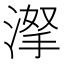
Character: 𣸏